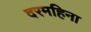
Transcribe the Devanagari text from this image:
दरमहिना